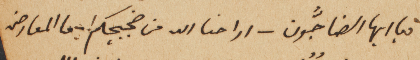
تبا ايها الضاجّون – اراحنا الله من ضجيجكم ! – ما المعارض